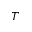
T